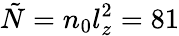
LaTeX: \tilde{N}=n_{0}l_{z}^{2}=81